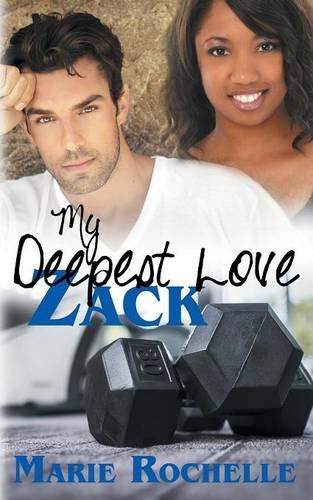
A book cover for My Deepest Love: Zack; Marie Rochelle; Romance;